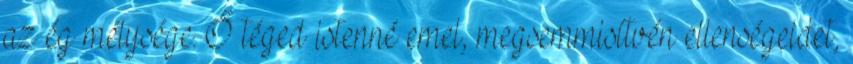
az ég mélysége. Ő téged istenné emel, megsemmisítvén ellenségeidet,